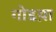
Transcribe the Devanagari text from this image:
गोडय़ा